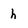
Character: h